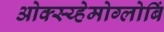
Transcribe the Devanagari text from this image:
ओक्स्य्हेमोग्लोबिं